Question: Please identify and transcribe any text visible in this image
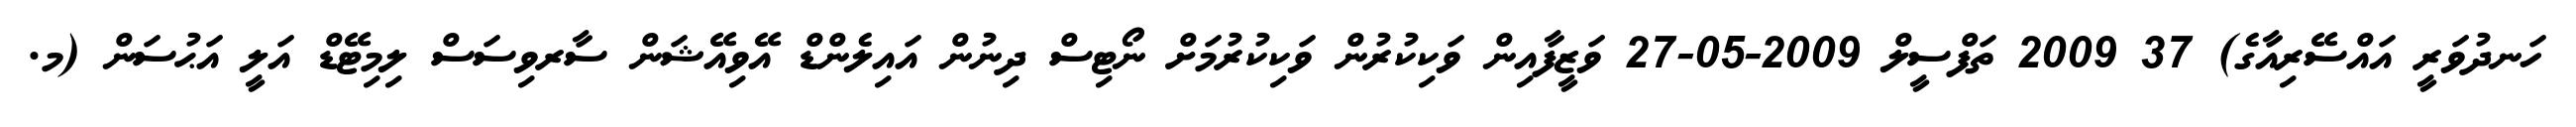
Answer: ހަނދުވަރީ އައްސޭރިއާގެ) 37 2009 ތަފްސީލް 2009-05-27 ވަޒީފާއިން ވަކިކުރުން ވަކިކުރުމަށް ނޯޓިސް ދިނުން އައިލެންޑް އޭވިއޭޝަން ސާރވިސަސް ލިމިޓޭޑް އަލީ އަޙުސަން (މ.